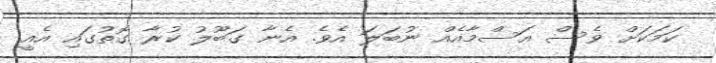
ކަމަކަށް ވެސް އަސްމާއެއް ނުބަލަ އެވެ. އެނާ ގަބޫލު ކުރާ ގޮތުގައި އެއީ